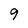
Character: 9